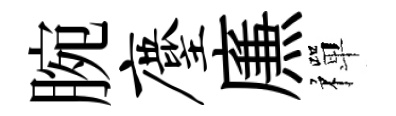
腕麈㢘禪